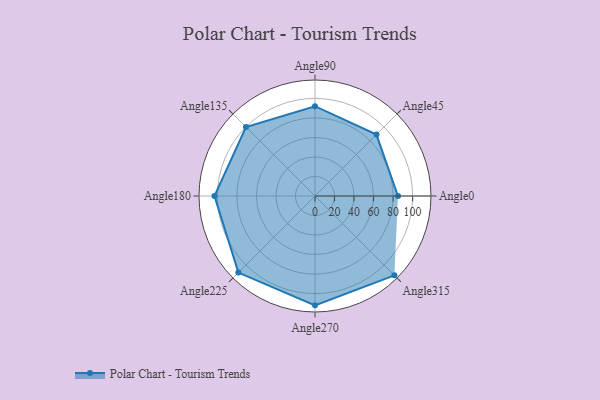
{"axis": {"x": "Angle", "y": "Radius"}, "legend": [""], "data": [{"x": "Angle0", "y": 85.0, "type": ""}, {"x": "Angle45", "y": 89.0, "type": ""}, {"x": "Angle90", "y": 92.0, "type": ""}, {"x": "Angle135", "y": 100.0, "type": ""}, {"x": "Angle180", "y": 103.0, "type": ""}, {"x": "Angle225", "y": 111.0, "type": ""}, {"x": "Angle270", "y": 112.0, "type": ""}, {"x": "Angle315", "y": 115.0, "type": ""}]}